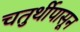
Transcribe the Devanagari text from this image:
चतुर्थीपासून